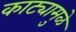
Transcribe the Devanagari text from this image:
काट्यामुळे